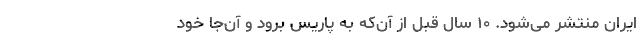
ایران منتشر می‌شود. ۱۰ سال قبل از آن‌که به پاریس برود و آن‌جا خود